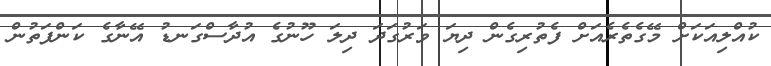
ކުއްލިއަކަށް މޭގެތެރެއަށް ފެތުރިގެން ދިޔަ ވަރުގަދަ ދިލަ ހޫނުގެ އުދާސްގަނޑު އޭނާގެ ކަންފަތުން